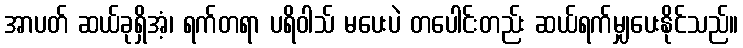
အာပတ် ဆယ်ခုရှိအံ့၊ ရက်တရာ ပရိဝါသ် မပေးပဲ တပေါင်းတည်း ဆယ်ရက်မျှပေးနိုင်သည်။